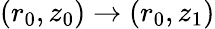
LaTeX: (r_{0},z_{0})\rightarrow(r_{0},z_{1})